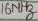
Text: 16MHz